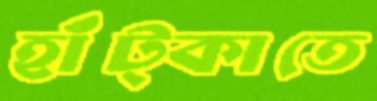
হাঁট্‌কাতে